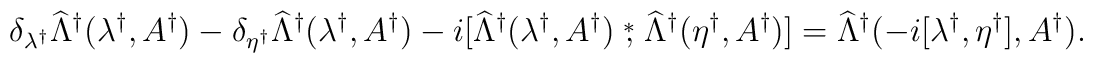
\delta_{\lambda^\dagger}\widehat\Lambda^\dagger(\lambda^\dagger,A^\dagger)-\delta_{\eta^\dagger}\widehat\Lambda^\dagger(\lambda^\dagger,A^\dagger)-i[\widehat\Lambda^\dagger(\lambda^\dagger,A^\dagger)\stackrel{*}{,}\widehat\Lambda^\dagger(\eta^\dagger,A^\dagger)]=\widehat\Lambda^\dagger(-i[\lambda^\dagger,\eta^\dagger],A^\dagger).